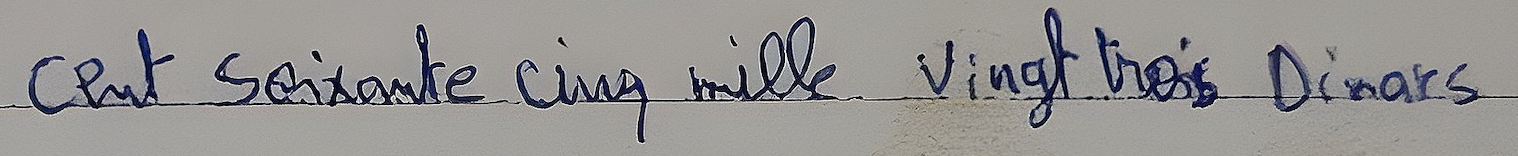
cent soixante cinq mille vingt trois Dinars